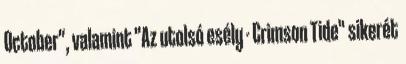
October", valamint "Az utolsó esély - Crimson Tide" sikerét